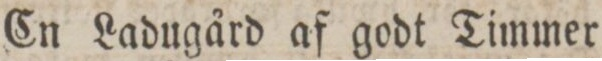
En Ladugård af godt Timmer